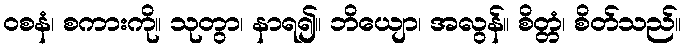
ဝစနံ၊ စကားကို။ သုတွာ၊ နာရ၍။ ဘိယျော၊ အလွန်။ စိတ္တံ၊ စိတ်သည်။